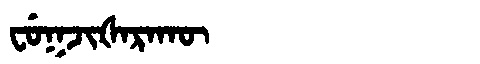
Manchu: ᠸᡠᡴᠵᡳᡧᠠᡵᠠᡴᡡ
Romanization: FUKJIŠARAKŪ